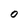
Character: O